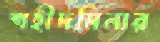
শহীদমিনার